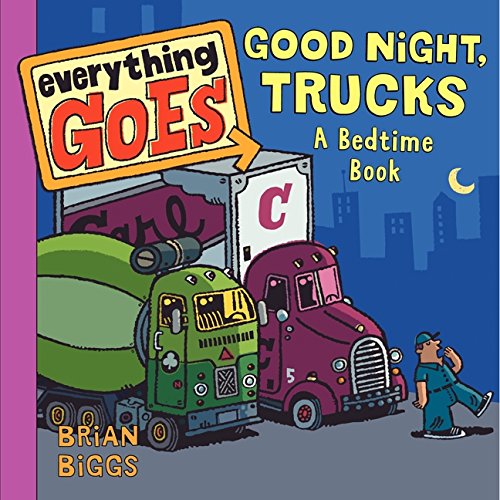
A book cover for Everything Goes: Good Night, Trucks: A Bedtime Book; Brian Biggs; Children's Books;